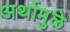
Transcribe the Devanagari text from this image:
अर्थामुळे